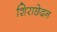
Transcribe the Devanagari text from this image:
शिराछेदन